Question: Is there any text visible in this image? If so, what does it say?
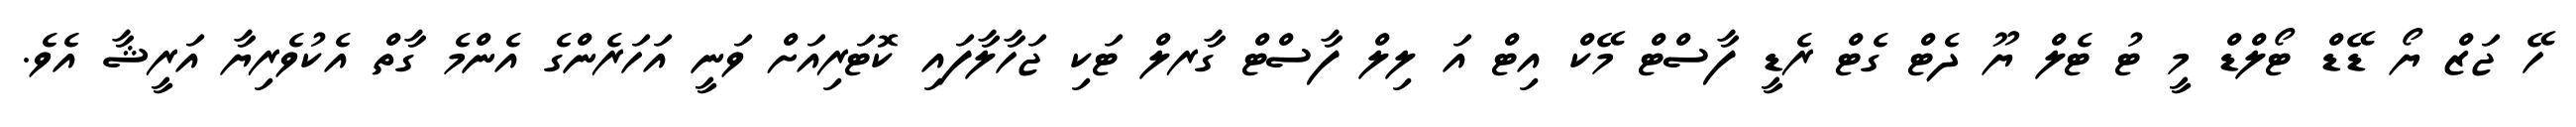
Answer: ހޭ ޖަޒް ޔޯ ޑޭޑް ޓޯލްޑް މީ ޓު ޓެލް ޔޫ ދެޓް ގެޓް ރެޑީ ފާސްޓް މޭކް އިޓް އަ ލިލް ފާސްޓް ގާރލް ޓަކި ޖަހާލާފައި ކޮޓަރިއަށް ވަނީ އަހަރެންގެ އެންމެ ގާތް އެކުވެރިޔާ އަރީޝާ އެވެ.